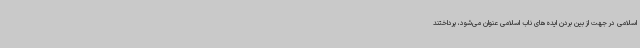
اسلامی در جهت از بین بردن ایده‌های ناب اسلامی عنوان می‌شود، پرداختند